Report on vaccination in the Province of Bengal - 1874-1889
Year: 1874
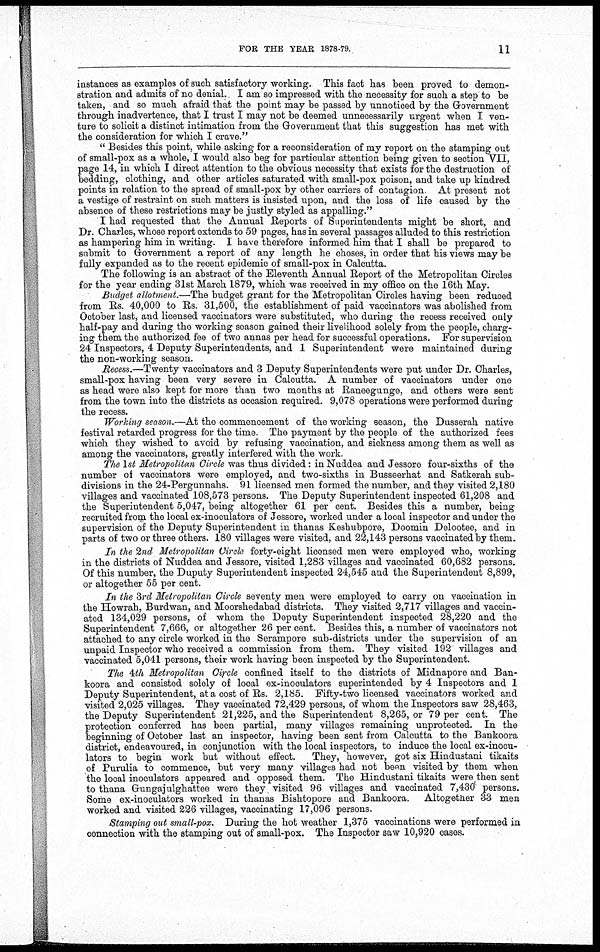
FOR THE YEAR 1878-79.
11
instances as examples of such satisfactory working. This fact has been proved to demon-
stration and admits of no denial. I am so impressed with the necessity for such a step to be
taken, and so much afraid that the point may be passed by unnoticed by the Government
through inadvertence, that I trust I may not be deemed unnecessarily urgent when I ven-
ture to solicit a distinct intimation from the Government that this suggestion has met with
the consideration for which I crave."
" Besides this point, while asking for a reconsideration of my report on the stamping out
of small-pox as a whole, I would also beg for particular attention being given to section VII,
page 14, in which I direct attention to the obvious necessity that exists for the destruction of
bedding, clothing, and other articles saturated with small-pox poison, and take up kindred
points in relation to the spread of small-pox by other carriers of contagion. At present not
a vestige of restraint on such matters is insisted upon, and the loss of life caused by the
absence of these restrictions may be justly styled as appalling."
I had requested that the Annual Reports of Superintendents might be short, and
Dr. Charles, whose report extends to 59 pages, has in several passages alluded to this restriction
as hampering him in writing. I have therefore informed him that I shall be prepared to
submit to Government a report of any length he choses, in order that his views may be
fully expanded as to the recent epidemic of small-pox in Calcutta.
The following is an abstract of the Eleventh Annual Report of the Metropolitan Circles
for the year ending 31st March 1879, which was received in my office on the 16th May.
Budget allotment.—The budget grant for the Metropolitan Circles having been reduced
from Rs. 40,000 to Rs. 31,500, the establishment of paid vaccinators was abolished from
October last, and licensed vaccinators were substituted, who during the recess received only
half-pay and during the working season gained their livelihood solely from the people, charg-
ing them the authorized fee of two annas per head for successful operations. For supervision
24 Inspectors, 4 Deputy Superintendents, and 1 Superintendent were maintained during
the non-working season.
Recess.—Twenty vaccinators and 3 Deputy Superintendents were put under Dr. Charles,
small-pox having been very severe in Calcutta. A number of vaccinators under one
as head were also kept for more than two months at Raneegunge, and others were sent
from the town into the districts as occasion required. 9,078 operations were performed during
the recess.
Working season.—At the commencement of the working season, the Dusserah native
festival retarded progress for the time. The payment by the people of the authorized fees
which they wished to avoid by refusing vaccination, and sickness among them as well as
among the vaccinators, greatly interfered with the work.
The 1st Metropolitan Circle was thus divided: in Nuddea and Jessore four-sixths of the
number of vaccinators were employed, and two-sixths in Busseerhat and Satkerah sub-
divisions in the 24-Pergunnahs. 91 licensed men formed the number, and they visited 2,180
villages and vaccinated 108,573 persons. The Deputy Superintendent inspected 61,208 and
the Superintendent 5,047, being altogether 61 per cent. Besides this a number, being
recruited from the local ex-inoculators of Jessore, worked under a local inspector and under the
supervision of the Deputy Superintendent in thanas Keshubpore, Doomin Delootee, and in
parts of two or three others. 180 villages were visited, and 22,143 persons vaccinated by them.
In the 2nd Metropolitan Circle forty-eight licensed men were employed who, working
in the districts of Nuddea and Jessore, visited 1,283 villages and vaccinated 60,682 persons.
Of this number, the Duputy Superintendent inspected 24,545 and the Superintendent 8,899,
or altogether 55 per cent.
In the 3rd Metropolitan Circle seventy men were employed to carry on vaccination in
the Howrah, Burdwan, and Moorshedabad districts. They visited 2,717 villages and vaccin-
ated 134,029 persons, of whom the Deputy Superintendent inspected 28,220 and the
Superintendent 7,666, or altogether 26 per cent. Besides this, a number of vaccinators not
attached to any circle worked in the Serampore sub-districts under the supervision of an
unpaid Inspector who received a commission from them. They visited 192 villages and
vaccinated 5,041 persons, their work having been inspected by the Superintendent.
The 4 th Metropolitan Circle confined itself to the districts of Midnapore and Ban-
koora and consisted solely of local ex-inoculators superintended by 4 Inspectors and 1
Deputy Superintendent, at a cost of Rs. 2,185. Fifty-two licensed vaccinators worked and
visited 2,025 villages. They vaccinated 72,429 persons, of whom the Inspectors saw 28,463,
the Deputy Superintendent 21,225, and the Superintendent 8,265, or 79 per cent. The
protection conferred has been partial, many villages remaining unprotected. In the
beginning of October last an inspector, having been sent from Calcutta to the Bankoora
district, endeavoured, in conjunction with the local inspectors, to induce the local ex-inocu-
lators to begin work but without effect.
They, however, got six Hindustani tikaits
of Purulia to commence, but very many villages had not been visited by them when
the local inoculators appeared and opposed them. The Hindustani tikaits were then sent
to thana Gungajulghattee were they visited 96 villages and vaccinated 7,430 persons.
Some ex-inoculators worked in thanas Bishtopore and Bankoora. Altogether 33 men
worked and visited 226 villages, vaccinating 17,096 persons.
Stamping out small-pox. During the hot weather 1,375 vaccinations were performed in
connection with the stamping out of small-pox. The Inspector saw 10,920 cases.